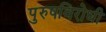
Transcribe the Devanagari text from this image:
पुरुषविरोधी